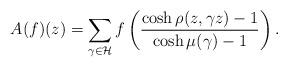
LaTeX: \begin{align*}A(f) (z)= \sum_{\gamma \in \mathcal{H}} f \left( \frac{\cosh \rho(z,\gamma z) -1}{\cosh \mu(\gamma)-1} \right) .\end{align*}